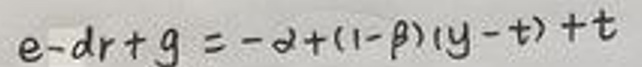
\[
e - dr + g = -\alpha+(1 - \beta)(y - t)+t
\]